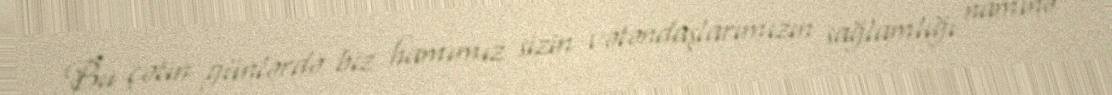
Bu çətin günlərdə biz hamımız sizin vətəndaşlarımızın sağlamlığı naminə